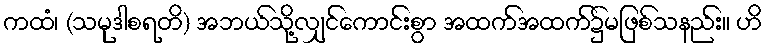
ကထံ၊ (သမုဒါစရတိ) အဘယ်သို့လျှင်ကောင်းစွာ အထက်အထက်၌မဖြစ်သနည်း။ ဟိ